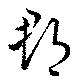
郡